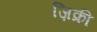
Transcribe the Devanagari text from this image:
ज़िक्री